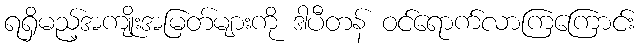
ရရှိမည့်အကျိုးအမြတ်များကို ဒါပီတန် ဝင်ရောက်လာကြကြောင်း